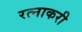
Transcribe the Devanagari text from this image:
रत्नाकरी